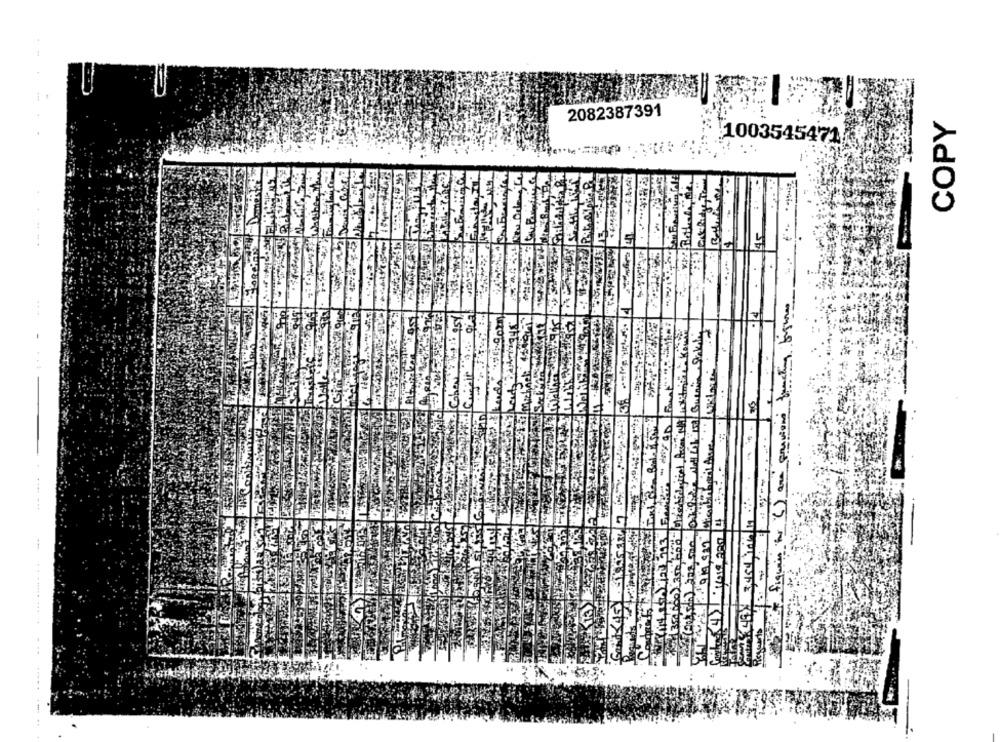
2082387391
COPY
1003545471
45
figures for () are previous fraating figures
14
Sakin
-.....
2 913